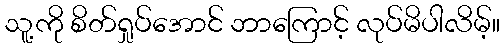
သူ့ကို စိတ်ရှုပ်အောင် ဘာကြောင့် လုပ်မိပါလိမ့်။